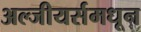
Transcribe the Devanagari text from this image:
अल्जीयर्समधून